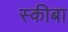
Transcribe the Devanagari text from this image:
स्कीबा